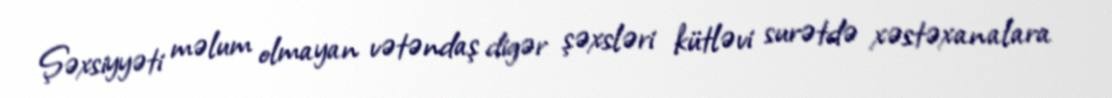
Şəxsiyyəti məlum olmayan vətəndaş digər şəxsləri kütləvi surətdə xəstəxanalara